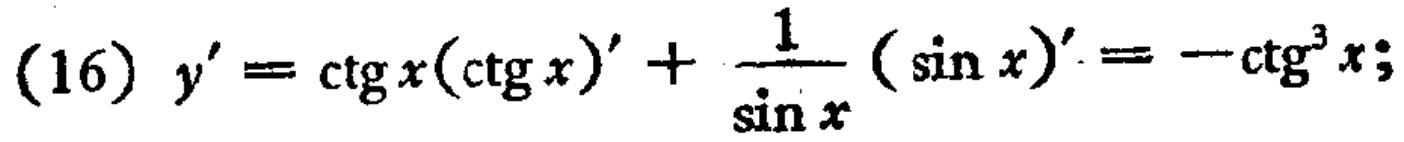
(16) \(y' = \cot x(\cot x)' + \frac{1}{\sin x}(\sin x)' = -\cot^{3}x;\)